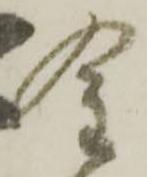
金